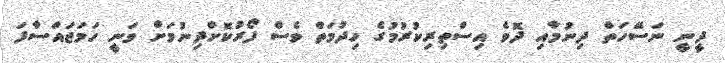
ދީނީ ނަސޭހަތް ދިނުމާއި ދޮވެ އިސްތިރިކުރުމުގެ ހިދުމަތް ވެސް ފޯރުކޮށްދިނުމަށް ވަނީ ހަމަޖައްސާފަ